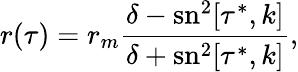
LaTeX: r(\tau)=r_{m}\frac{\delta-\mathrm{sn}^{2}[\tau^{*},k]}{\delta+\mathrm{sn}^{2}[\tau^{*},k]},